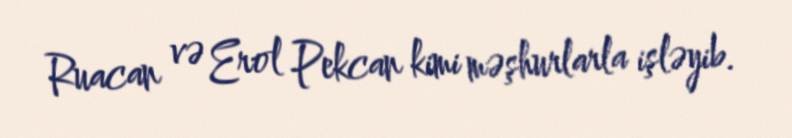
Ruacan və Erol Pekcan kimi məşhurlarla işləyib.